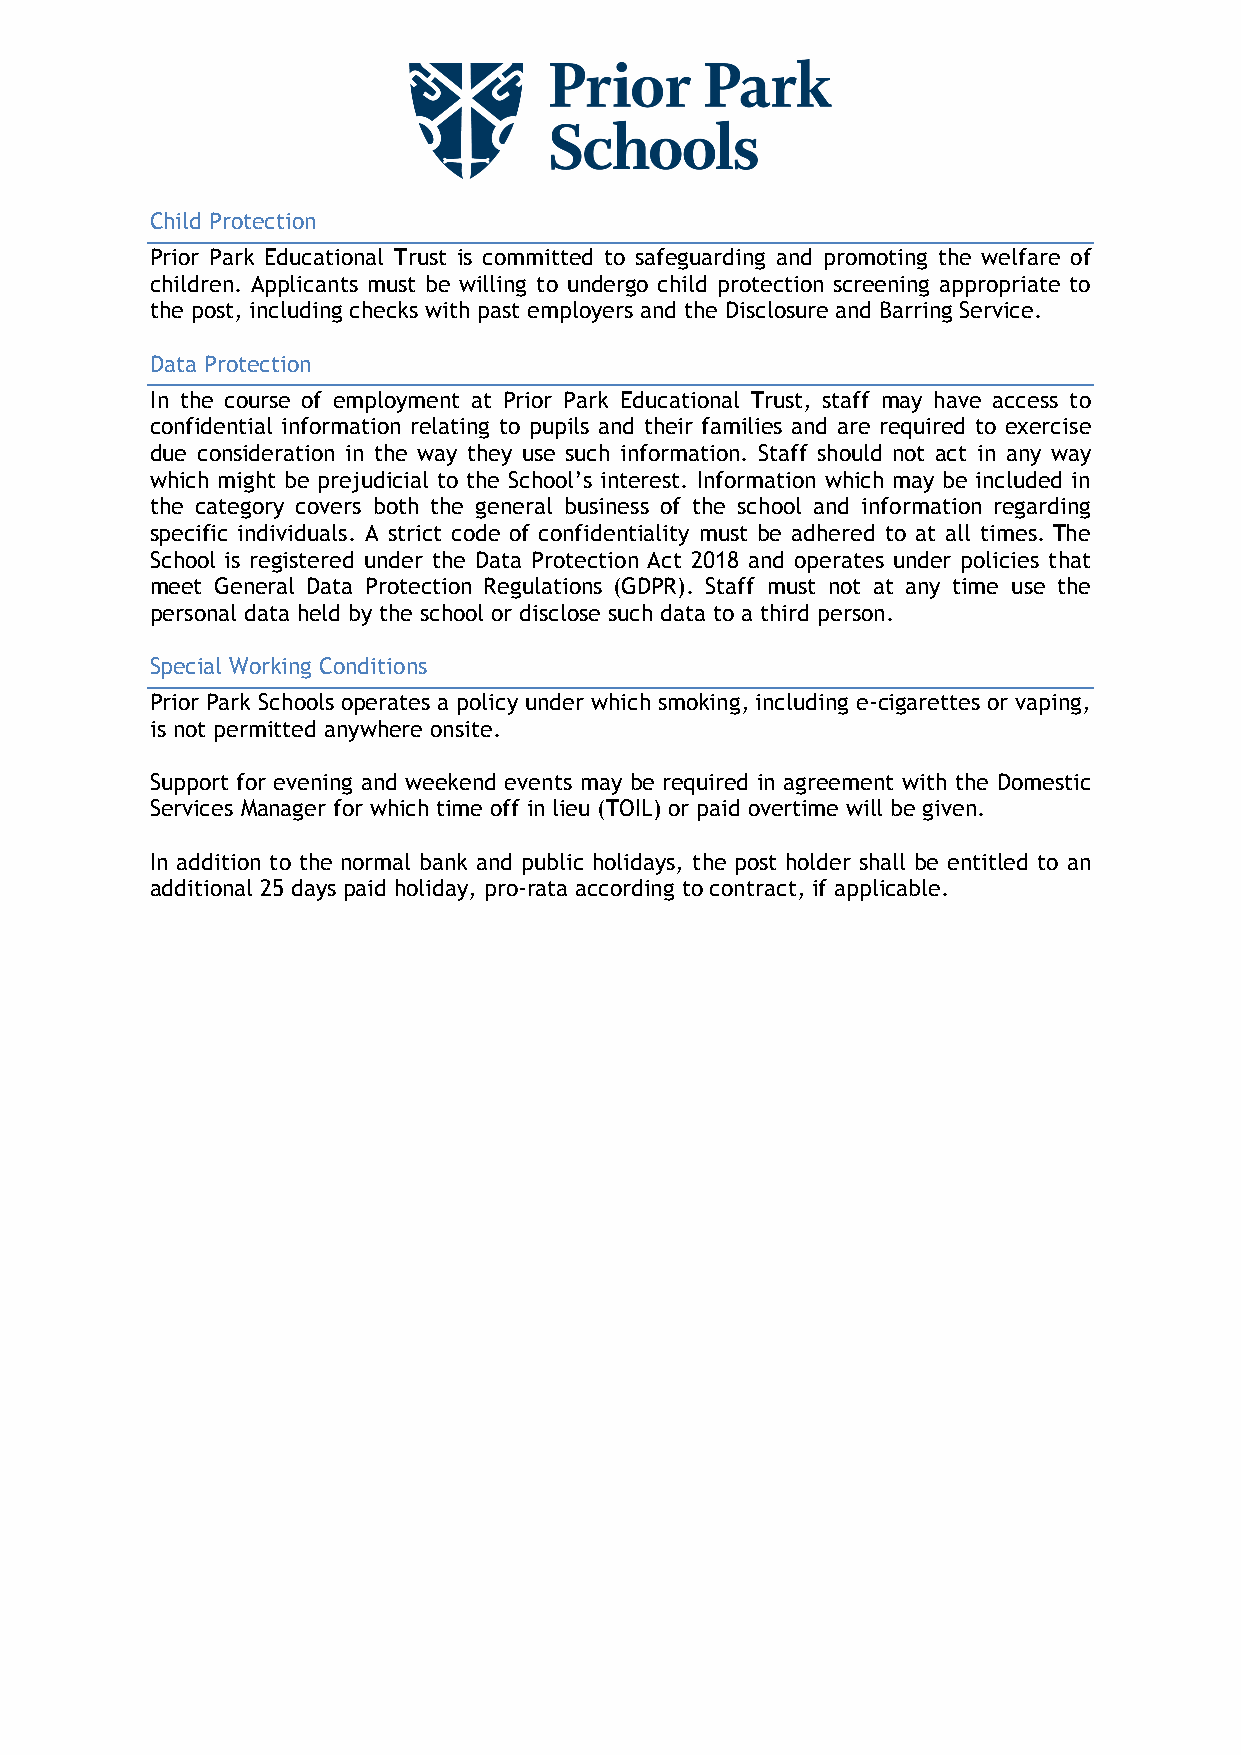
Child Protection
 Prior Park Educational Trust is committed to safeguarding and promoting the welfare of
 children. Applicants must be willing to undergo child protection screening appropriate to
 the post, including checks with past employers and the Disclosure and Barring Service.
 Data Protection
 In the course of employment at Prior Park Educational Trust, staff may have access to
 confidential information relating to pupils and their families and are required to exercise
 due consideration in the way they use such information. Staff should not act in any way
 which might be prejudicial to the School’s interest. Information which may be included in
 the category covers both the general business of the school and information regarding
 specific individuals. A strict code of confidentiality must be adhered to at all times. The
 School is registered under the Data Protection Act 2018 and operates under policies that
 meet General Data Protection Regulations (GDPR). Staff must not at any time use the
 personal data held by the school or disclose such data to a third person.
 Special Working Conditions
 Prior Park Schools operates a policy under which smoking, including e-cigarettes or vaping,
 is not permitted anywhere onsite.
 Support for evening and weekend events may be required in agreement with the Domestic
 Services Manager for which time off in lieu (TOIL) or paid overtime will be given.
 In addition to the normal bank and public holidays, the post holder shall be entitled to an
 additional 25 days paid holiday, pro-rata according to contract, if applicable.